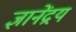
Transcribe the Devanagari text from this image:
ज्ञानेंद्रय